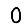
Digit: 0